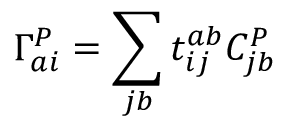
\Gamma _ { a i } ^ { P } = \sum _ { j b } t _ { i j } ^ { a b } C _ { j b } ^ { P }